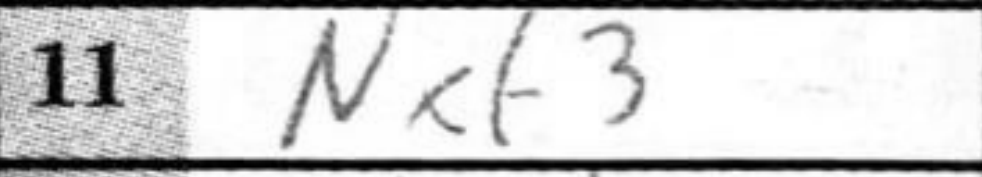
Transcription: Nxf3